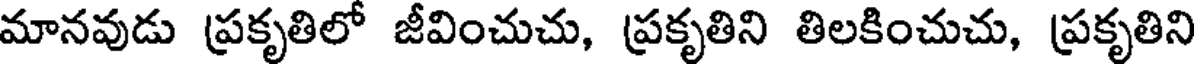
మానవుడు ప్రకృతిలో జీవించుచు, ప్రకృతిని తిలకించుచు, ప్రకృతిని